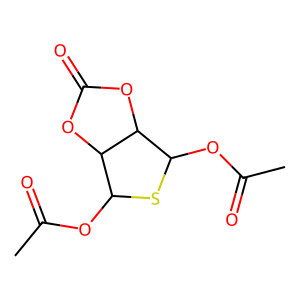
SMILES: CC(=O)OC1SC(OC(C)=O)C2OC(=O)OC12
Inhibits HIV replication: No